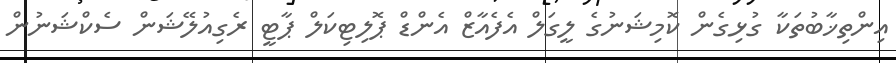
އިންތިޚާބުތަކާ ގުޅިގެން ކޮމިޝަނުގެ ލީގަލް އެފެއާޒް އެންޑް ޕޮލިޓިކަލް ޕާޓީ ރެގިއުލޭޝަން ސެކްޝަނުން